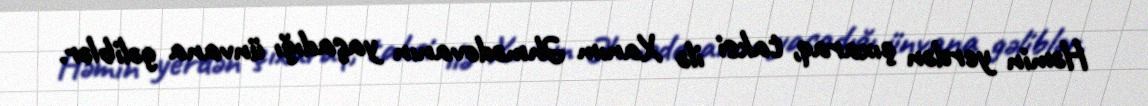
Həmin yerdən çıxaraq, taksi ilə Xanım Əhmədovanın yaşadığı ünvana gəliblər.